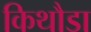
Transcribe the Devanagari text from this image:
किथौडा